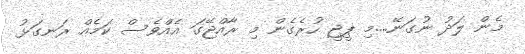
މެން ލަދު ނުގަނޭ....މި ޕީޖީ ހުރެގެން މި ރާއްޖޭގަ އެއްވެސް ކަމެއް ރަނގަޅު